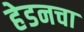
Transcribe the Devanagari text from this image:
हेडनचा